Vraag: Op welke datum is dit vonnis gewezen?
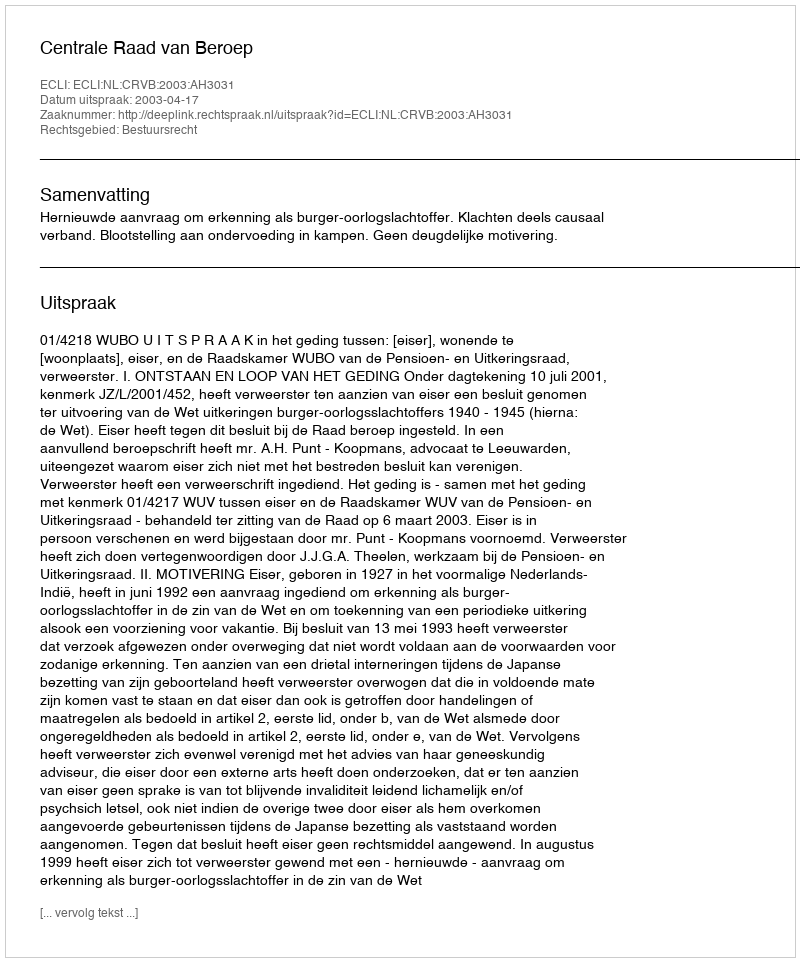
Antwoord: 2003-04-17